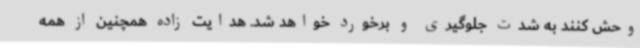
وحش کنند به شدت جلوگیری و برخورد خواهد شد. هدایت زاده همچنین از همه